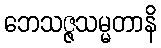
ဘေသဇ္ဇသမ္မတာနိ